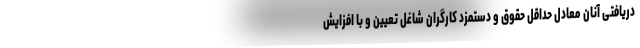
دریافتی آنان معادل حداقل حقوق و دستمزد کارگران شاغل تعیین و با افزایش